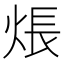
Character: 𤊞